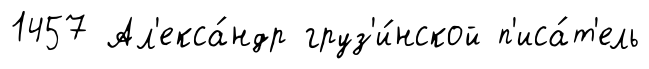
1457 Ал'екса́ндр груз'и́нской п'иса́т'ель